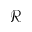
\mathcal { R }